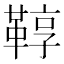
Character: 鞟